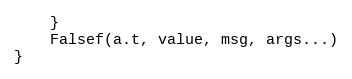
Language: Go
	}
	Falsef(a.t, value, msg, args...)
}